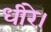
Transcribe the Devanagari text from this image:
धीरे।